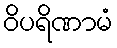
ဝိပရိဏာမံ